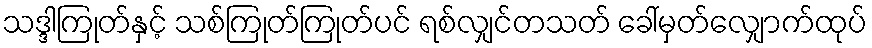
သဒ္ဒါကြုတ်နှင့် သစ်ကြုတ်ကြုတ်ပင် ရစ်လျှင်တသတ် ခေါ်မှတ်လျှောက်ထုပ်